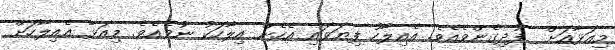
މިއަޅާއަށް  ފުދިގެންވެއެވެ. އެއިލާހު ފިޔަވައި އެހެން އިލާހަކު ނުވެއެވެ. މިއަޅާ އެއިލާހަށް